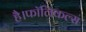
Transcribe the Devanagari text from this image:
है।फॉलिकल्स